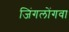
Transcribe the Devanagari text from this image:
जिंगलोंगवा